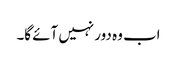
اب وہ دور نہیں آئے گا۔